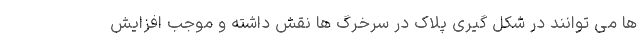
ها می توانند در شکل گیری پلاک در سرخرگ ها نقش داشته و موجب افزایش